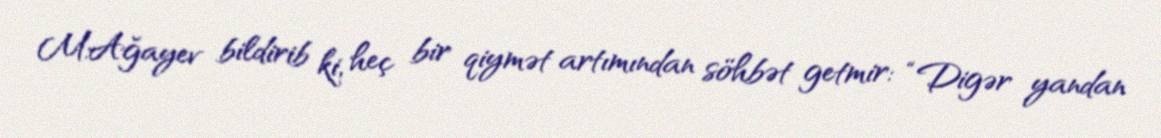
M.Ağayev bildirib ki, heç bir qiymət artımından söhbət getmir: “Digər yandan